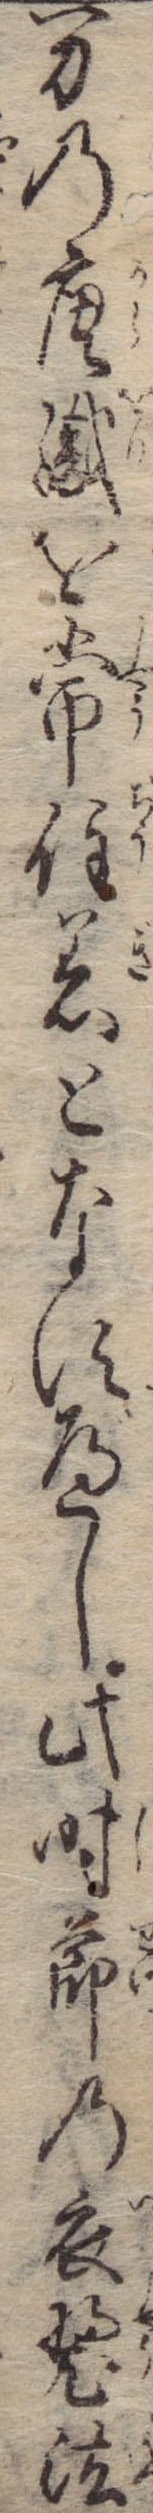
万の唐織を常住着となすべし此時節の衣装法